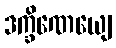
ဒက္ခိဏေယျေ